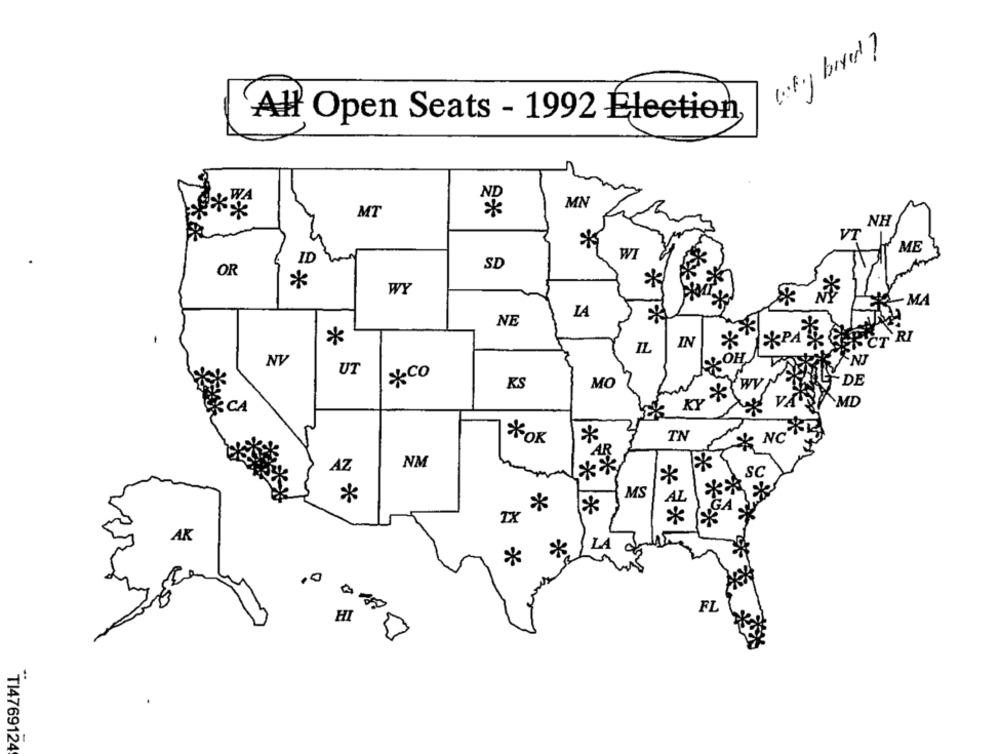
of. boyer?
All Open Seats - 1992 Élection,
MN
MT
NH
VT
ME
WI
ID
SD
OR
*
*
WY
MA
LA
NE
*
ET RI
*
IN
IL
NV
OH
NJ
UT
&Co
RS
MO
wy
DE
*'
RY
VA
AMD
TN
* NC
*OR
*
NM
AZ
***,
SC
*
*
MS
**
AL
*
*
*
AK
LA
*
*
288
FL
HI
TI4769124